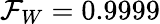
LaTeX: \mathcal{F}_{W}=0.9999